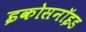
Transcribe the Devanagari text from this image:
इकोसनॉइड